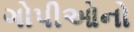
ગોપીઓનો